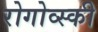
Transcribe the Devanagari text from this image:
रोगोव्स्की